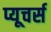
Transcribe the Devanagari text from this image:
प्यूचर्स